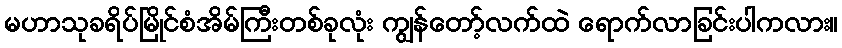
မဟာသုခရိပ်မြိုင်စံအိမ်ကြီးတစ်ခုလုံး ကျွန်တော့်လက်ထဲ ရောက်လာခြင်းပါကလား။